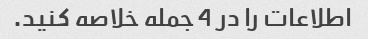
اطلاعات را در 4 جمله خلاصه کنید.